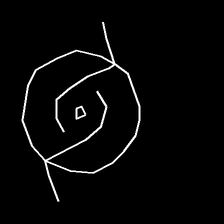
Glyph: repetition